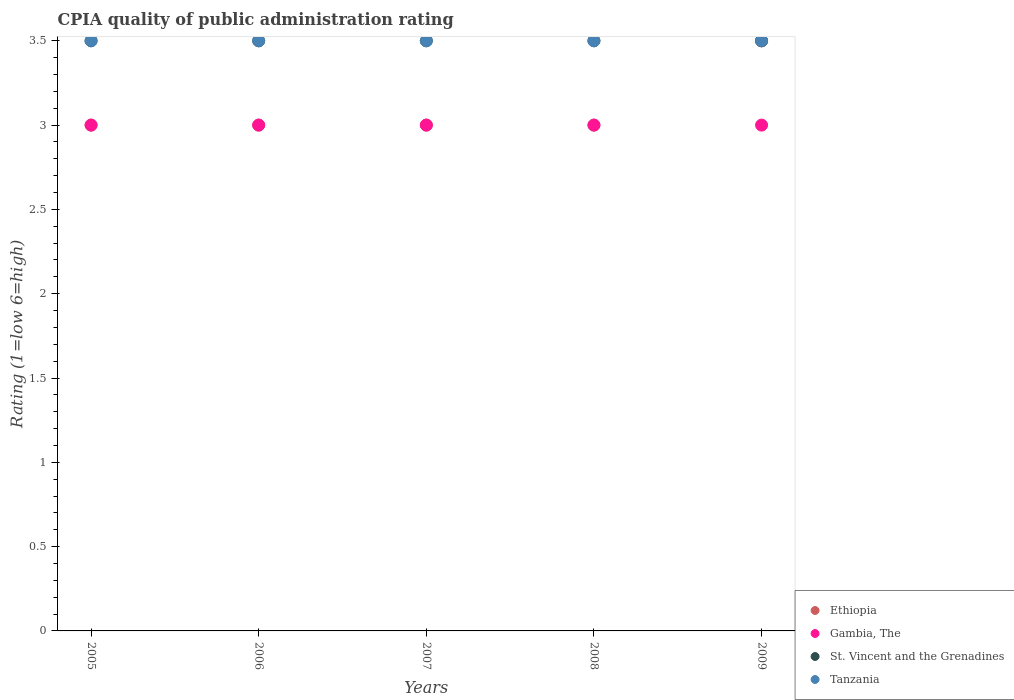
| Years | Ethiopia | Gambia, The | St. Vincent and the Grenadines | Tanzania |
 | --- | --- | --- | --- | --- |
 | 2005 | 3 | 3 | 3.5 | 3.5 |
 | 2006 | 3 | 3 | 3.5 | 3.5 |
 | 2007 | 3 | 3 | 3.5 | 3.5 |
 | 2008 | 3 | 3 | 3.5 | 3.5 |
 | 2009 | 3.5 | 3 | 3.5 | 3.5 |